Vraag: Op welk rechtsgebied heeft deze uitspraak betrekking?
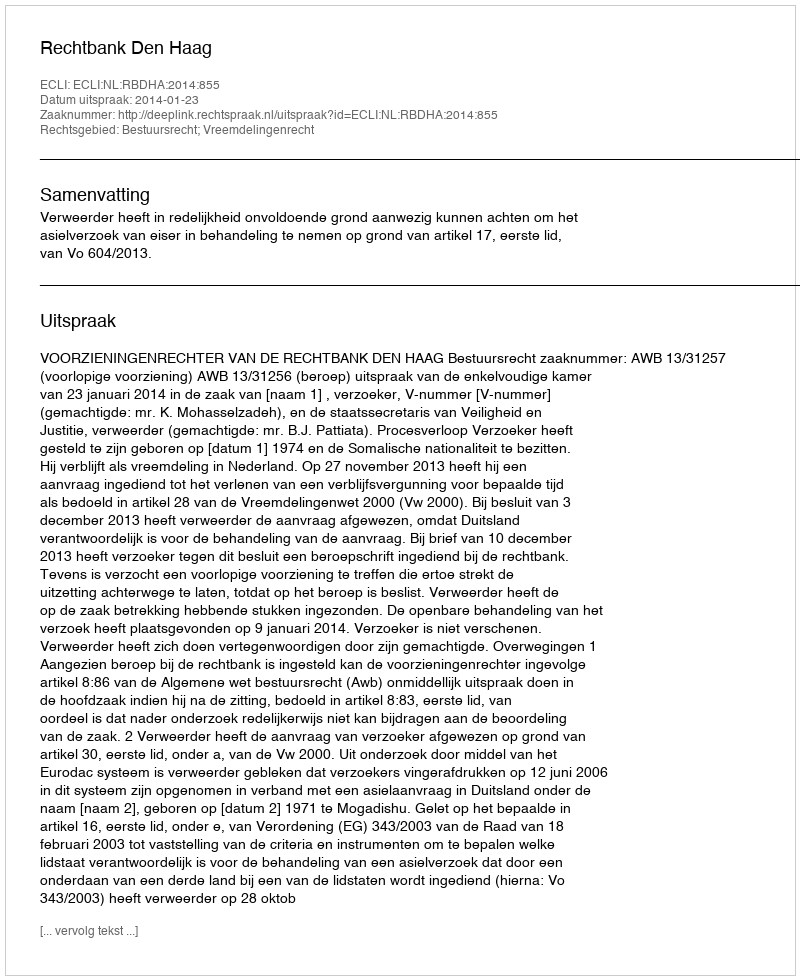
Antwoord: Bestuursrecht; Vreemdelingenrecht